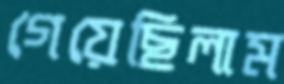
গেয়েছিলাম